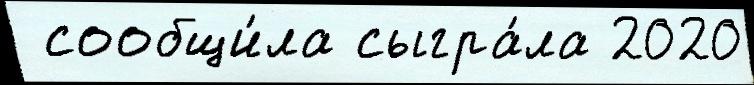
 сообщи́ла сыгра́ла 2020